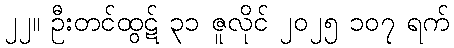
၂၂။ ဦးတင်ထွဋ် ၃၁ ဇူလိုင် ၂၀၂၅ ၁၀၇ ရက်